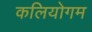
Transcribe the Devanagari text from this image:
कलियोगम